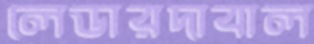
লেডারদাবাল